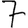
Digit: 7